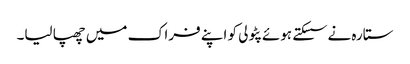
ستارہ نے سسکتے ہوئے پٹولی کو اپنے فراک میں چھپا لیا۔